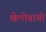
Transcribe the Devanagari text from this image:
खेलोबाची